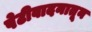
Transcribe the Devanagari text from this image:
पेटीवादनातून